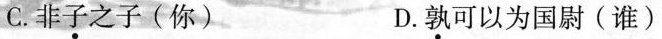
C.非子之子(你) D.孰可以为国尉(谁)